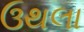
ઉથલા